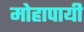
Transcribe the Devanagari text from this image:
मोहापायी